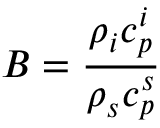
B = \displaystyle \frac { \rho _ { i } c _ { p } ^ { i } } { \rho _ { s } c _ { p } ^ { s } }